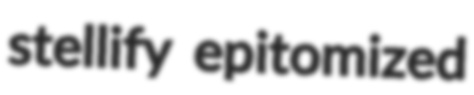
stellify epitomized